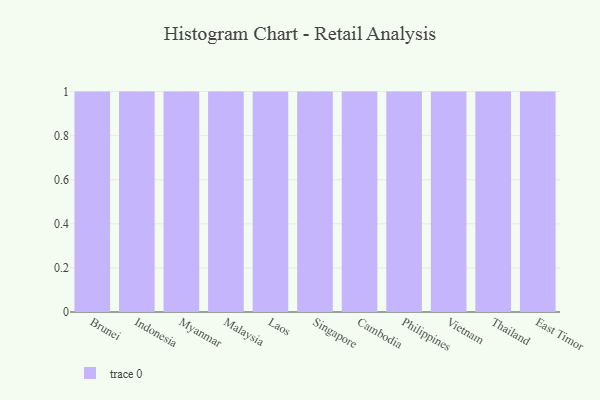
{"axis": {"x": "Country", "y": "Churn Rate (%)"}, "legend": [""], "data": [{"x": "Brunei", "y": 90, "type": ""}, {"x": "Indonesia", "y": 18, "type": ""}, {"x": "Myanmar", "y": 3, "type": ""}, {"x": "Malaysia", "y": 40, "type": ""}, {"x": "Laos", "y": 40, "type": ""}, {"x": "Singapore", "y": 98, "type": ""}, {"x": "Cambodia", "y": 40, "type": ""}, {"x": "Philippines", "y": 27, "type": ""}, {"x": "Vietnam", "y": 1, "type": ""}, {"x": "Thailand", "y": 81, "type": ""}, {"x": "East Timor", "y": 32, "type": ""}]}